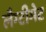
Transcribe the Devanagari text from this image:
लैग्टीमेट